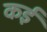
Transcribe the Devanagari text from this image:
कर्इं